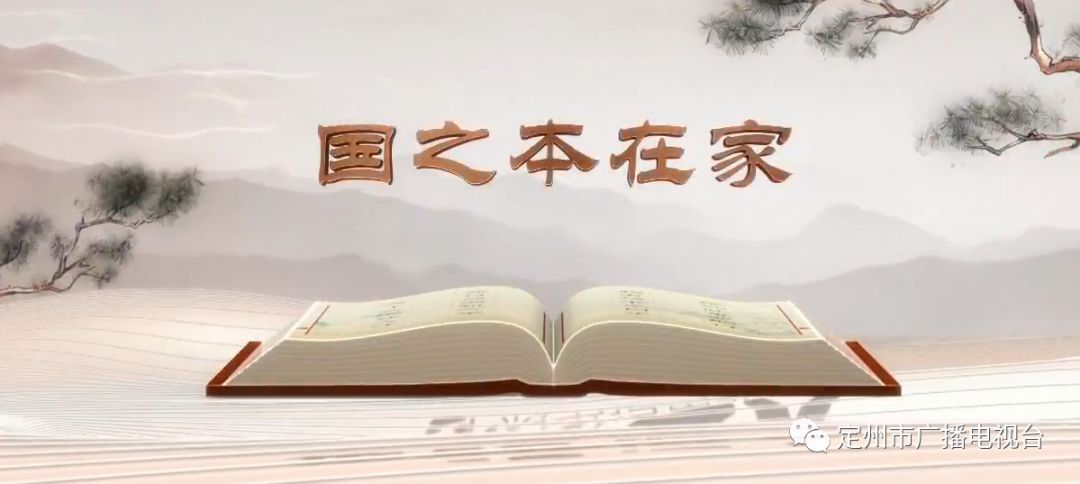
天下之本在国，国之本在家，家之本在身。